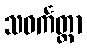
သဝင်္ကတ္တာ